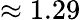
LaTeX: \approx 1.29